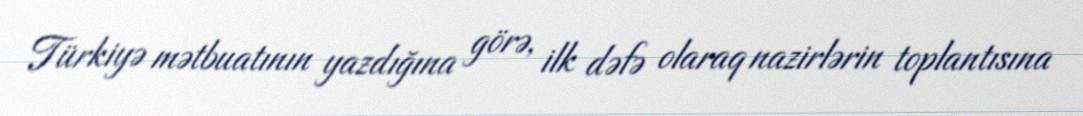
Türkiyə mətbuatının yazdığına görə, ilk dəfə olaraq nazirlərin toplantısına